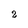
Character: 2